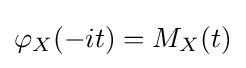
\varphi _{X}(-it)=M_{X}(t)